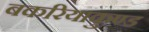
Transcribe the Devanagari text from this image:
बकरियाकुण्ड